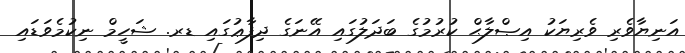
އަނިޔާވެރި ވެރިޔަކު އިޞްލާޙް ކުރުމުގެ ބަދަލުގައި އޭނަގެ ދިފާޢުގައި ޑރ. ޝަހީމް ނިކުމެވަޑައި